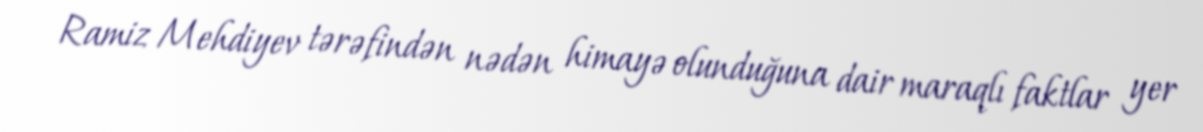
Ramiz Mehdiyev tərəfindən nədən himayə olunduğuna dair maraqlı faktlar yer